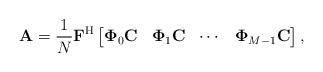
LaTeX: \begin{align*} {\mathbf{A}}=\frac{1}{N} \mathbf{F}^{\rm H} \begin{bmatrix} \mathbf{\Phi}_0\mathbf{C} & \mathbf{\Phi}_1\mathbf{C} &\cdots & \mathbf{\Phi}_{M-1}\mathbf{C} \end{bmatrix},\end{align*}